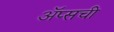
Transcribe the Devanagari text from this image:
ॲप्सची